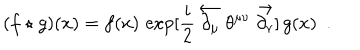
( f \star g ) ( x ) = f ( x ) \, \exp [ \frac { i } { 2 } \stackrel { \leftarrow } { \partial _ { \mu } } \theta ^ { \mu \nu } \stackrel { \rightarrow } { \partial _ { \nu } } ] \, g ( x ) \, \, \, .